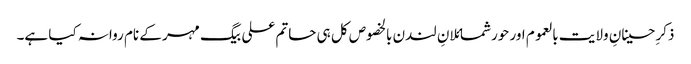
ذکرِ حسینانِ ولایت بالعموم اور حورشمائلانِ لندن بالخصوص کل ہی حاتم علی بیگ مہر کے نام روانہ کیا ہے۔